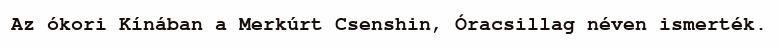
Az ókori Kínában a Merkúrt Csenshin, Óracsillag néven ismerték.